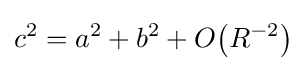
c^{2}=a^{2}+b^{2}+O{\left(R^{-2}\right)}